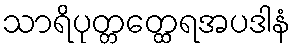
သာရိပုတ္တတ္ထေရအပဒါနံ